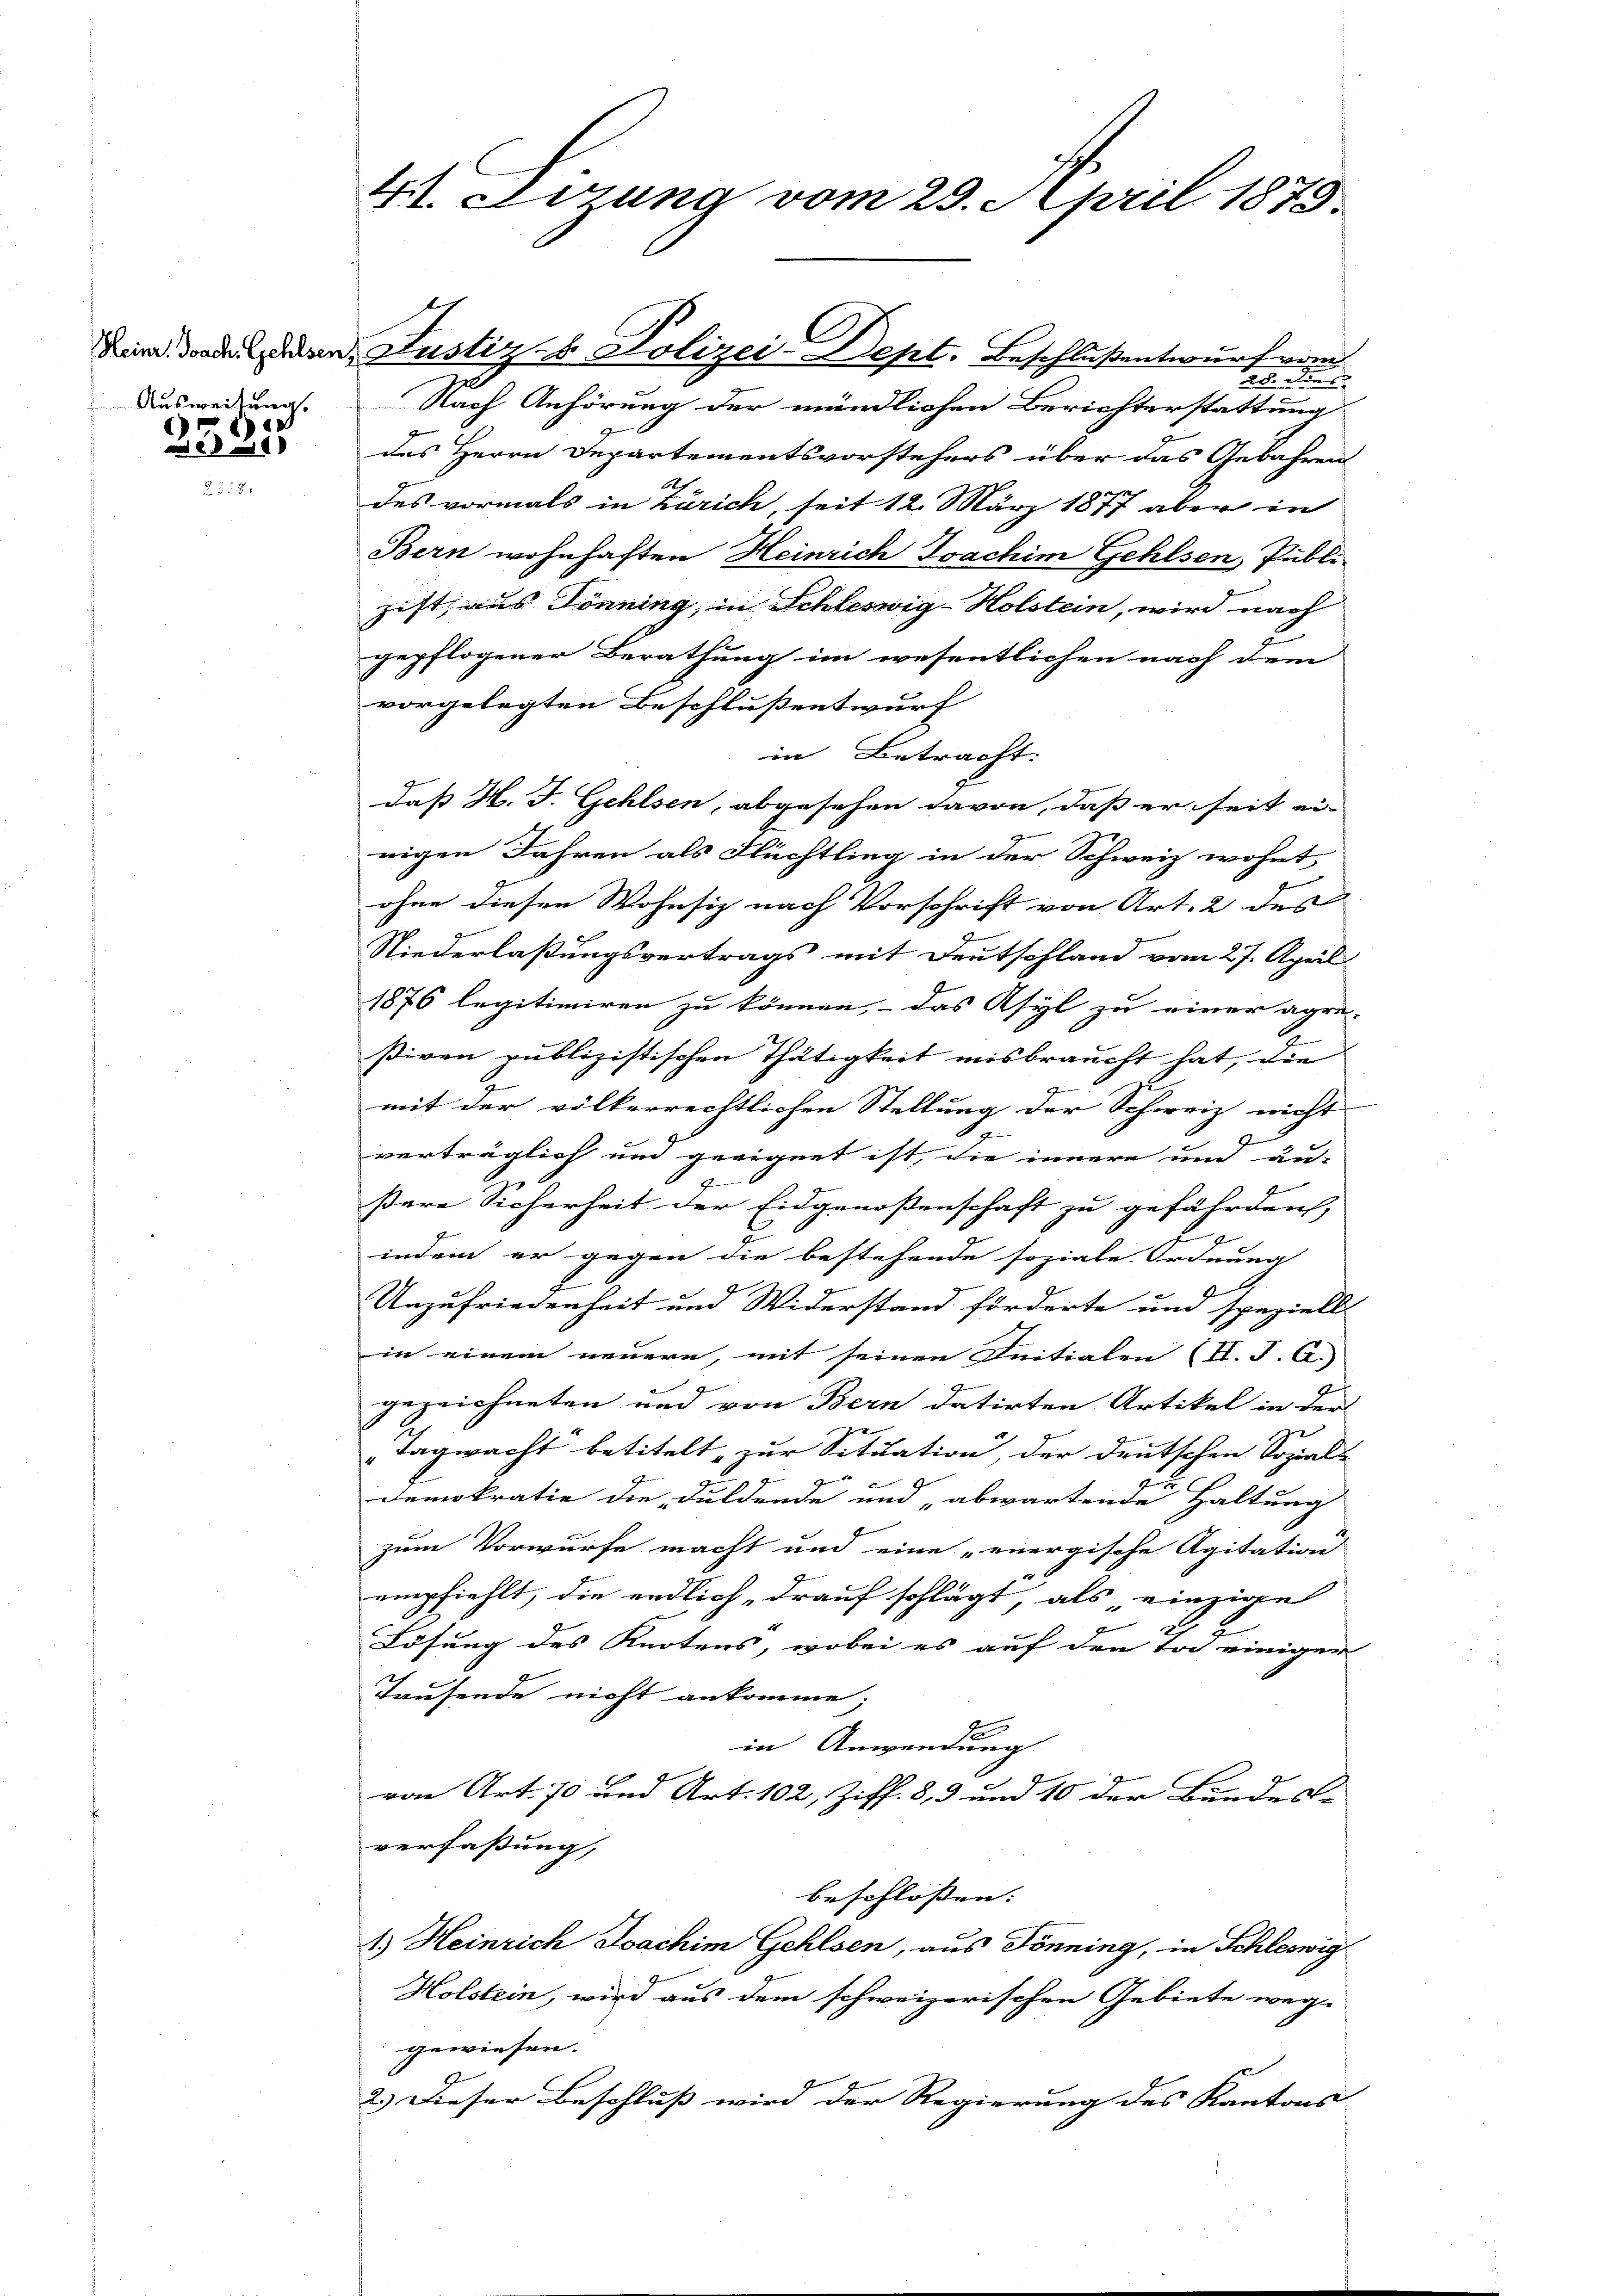
Heinr. Joach. Gehlsen,
Ausweisung.

2525

4t. Errung vom 29. April 1875.

28. Den
Nach Anhörung der mündlichen Berichterstattung
des Herrn Departementsvorstehers über das Gebahren
des vormals in Zürich, seit 12. März 1877 aber in
Bern wohnhaften Heinrich Joachim Gehlsen, Publi-
zist aus Dönning, in Schleswig-Holstein, wird nach
gepflogener Berathung im wesentlichen nach dem
vorgelegten Beschlussentwurf
in Betracht. |
daß H. J. Gehlsen, abgesehen davon, daß er seit ei-
nigen Jahren als Flüchtling in der Schweiz wohnt
ohne diesen Wohnsiz nach Vorschrift von Art. 2 des
Niederlaßungsvertrags mit Deutschland vom 27. April
1876 legitimiren zu können, das Asyl zu einer agre-
ßiven publizistischen Thätigkeit misbraucht hat, die
mit der völkerrechtlichen Stellung der Schweiz nicht
verträglich um geeignet ist, die innere und au-
7
ßere Sicherheit der Eidgenoßenschaft zu gefährden,
l
indem er gegen die bestehende soziale Ordnung
Be
d
Unzufriedenheit um Widerstand förderte um speziell
in einem neuern, mit seinen Initialen (II. J. A.)
gezeichneten und von Bern datirten Artikel in der
Tagwacht betitelt zur Situation, der deutschen Sozial-
d
Demokratie die Duldende und „abwartende Haltung
zum Vorwurfe macht und eine „energische Agitation
empfiehlt, die endlich, drauf schlägt, als einzige
Lösung des Knotens, wobei es auf den Tod einiger
Tausende nicht ankomme;
2
in Anwendung
von Art. 70 und Art. 102, Ziff. 8, 3 und 10 der Bundes-
verfassung,
beschlossen: |
1.) Heinrich Joachim Gehlsen, aus Tönning, in Schleswig¬
Holstein, wird aus dem schweizerischen Gebiete weg-
gewiesen.
2.) Dieser Beschluß wird der Regierung des Kantons

C
Justiz- & Polizei-Dept. Beschlußentwurf vom